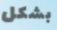
بشكل